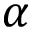
\alpha